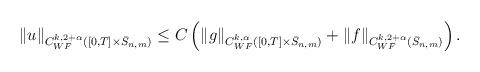
LaTeX: \begin{align*}\begin{aligned}\|u\|_{C^{k,2+\alpha}_{WF}([0,T]\times \bar S_{n,m})} &\leq C\left(\|g\|_{C^{k,\alpha}_{WF}([0,T]\times\bar S_{n,m})} + \|f\|_{C^{k,2+\alpha}_{WF}(\bar S_{n,m})} \right).\end{aligned}\end{align*}